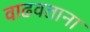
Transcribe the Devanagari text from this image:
वाढवताना